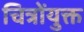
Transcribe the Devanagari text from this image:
चित्रोंयुक्त